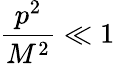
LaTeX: \frac{p^{2}}{M^{2}}\ll 1